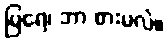
မြရေ၊ ဘာ စားမလဲ။